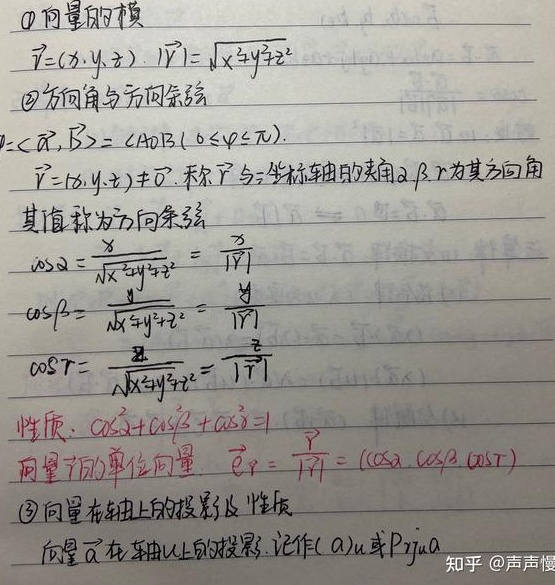
\textcircled{1} 向量的模：若\(\vec{r}=(x,y,z)\)，则\(\vert\vec{r}\vert=\sqrt{x^{2}+y^{2}+z^{2}}\)。

\textcircled{2} 方向角与方向余弦：设\(\theta = \langle\vec{\alpha},\vec{\beta}\rangle=\angle AOB(0\leq\varphi\leq\pi)\)。当\(\vec{r}=(x,y,z)\neq\vec{0}\)，称\(\vec{r}\)与坐标轴的夹角\(\alpha,\beta,\gamma\)为其方向角，其值称为方向余弦，即
\(\cos\alpha=\frac{x}{\sqrt{x^{2}+y^{2}+z^{2}}}=\frac{x}{\vert\vec{r}\vert}\)
\(\cos\beta=\frac{y}{\sqrt{x^{2}+y^{2}+z^{2}}}=\frac{y}{\vert\vec{r}\vert}\)
\(\cos\gamma=\frac{z}{\sqrt{x^{2}+y^{2}+z^{2}}}=\frac{z}{\vert\vec{r}\vert}\)
性质：\(\cos^{2}\alpha+\cos^{2}\beta+\cos^{2}\gamma = 1\)。
向量\(\vec{r}\)的单位向量：\(\vec{e}_{r}=\frac{\vec{r}}{\vert\vec{r}\vert}=(\cos\alpha,\cos\beta,\cos\gamma)\)。

\textcircled{3} 向量在轴上的投影及性质：向量\(\vec{a}\)在轴\(u\)上的投影，记作\((\vec{a})_{u}\)或\(Prj_{u}\vec{a}\)。

知乎 @声声慢